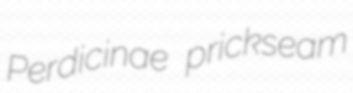
Perdicinae prickseam